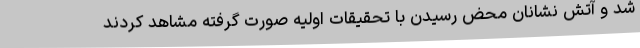
شد و آتش نشانان محض رسیدن با تحقیقات اولیه صورت گرفته مشاهد کردند